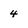
Character: 4